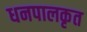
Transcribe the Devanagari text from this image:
धनपालकृत